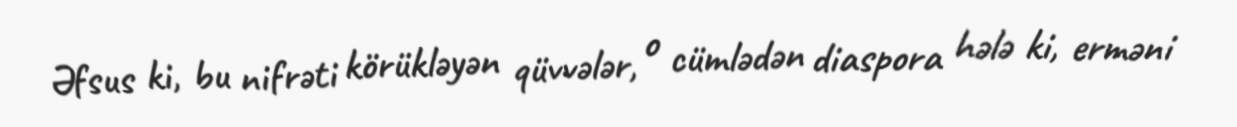
Əfsus ki, bu nifrəti körükləyən qüvvələr, o cümlədən diaspora hələ ki, erməni